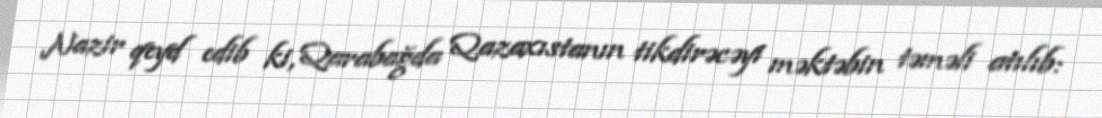
Nazir qeyd edib ki, Qarabağda Qazaxıstanın tikdirəcəyi məktəbin təməli atılıb: